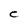
Character: C